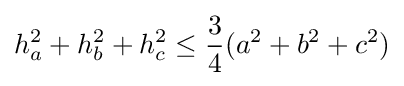
h_{a}^{2}+h_{b}^{2}+h_{c}^{2}\leq {\frac {3}{4}}(a^{2}+b^{2}+c^{2})